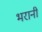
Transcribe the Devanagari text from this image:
भरानी